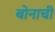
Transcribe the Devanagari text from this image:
बोनाची